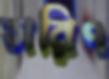
সরিৎ